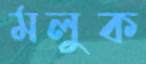
মলুক